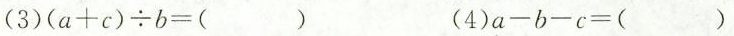
(3)$$( a + c ) ÷ b =$$( ) (4)$$a - b - c =$$( )